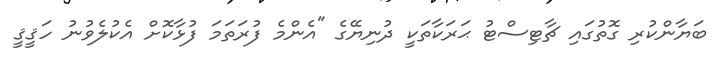
ބަޔާންކުރި ގޮތުގައި ޗާޓިސްޓު ޙަރަކާތަކީ ދުނިޔޭގެ "އެންމެ ފުރަތަމަ ފުޅާކޮށް އެކުލެވުނު ހަޤީޤީ